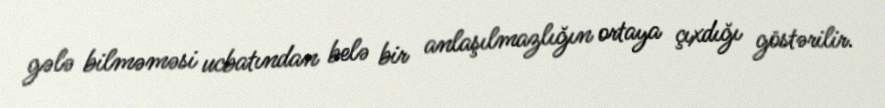
gələ bilməməsi ucbatından belə bir anlaşılmazlığın ortaya çıxdığı göstərilir.